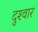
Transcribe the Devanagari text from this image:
दुश्‍वार